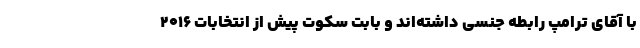
با آقای ترامپ رابطه جنسی داشته‌اند و بابت سکوت پیش از انتخابات ۲۰۱۶